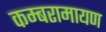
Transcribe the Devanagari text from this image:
कम्बरामायण